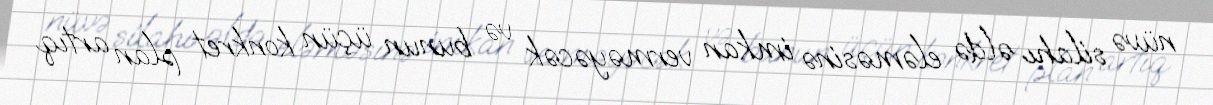
nüvə silahı əldə eləməsinə imkan verməyəcək və bunun üçün konkret plan artıq